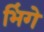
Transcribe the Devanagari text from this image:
भिंगे